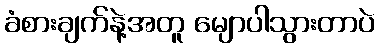
ခံစားချက်နဲ့အတူ မျောပါသွားတာပဲ